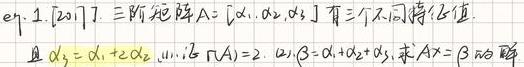
$eq.1.[2011]7.$ 三阶矩阵$A = [\alpha_1,\alpha_2,\alpha_3]$有三个不同特征值. 且$\alpha_2=\alpha_1 + 2\alpha_3$， 且$r(A)=2$，$\alpha,\beta=\alpha_1+\alpha_2+\alpha_3$，求$Ax = \beta$的解.